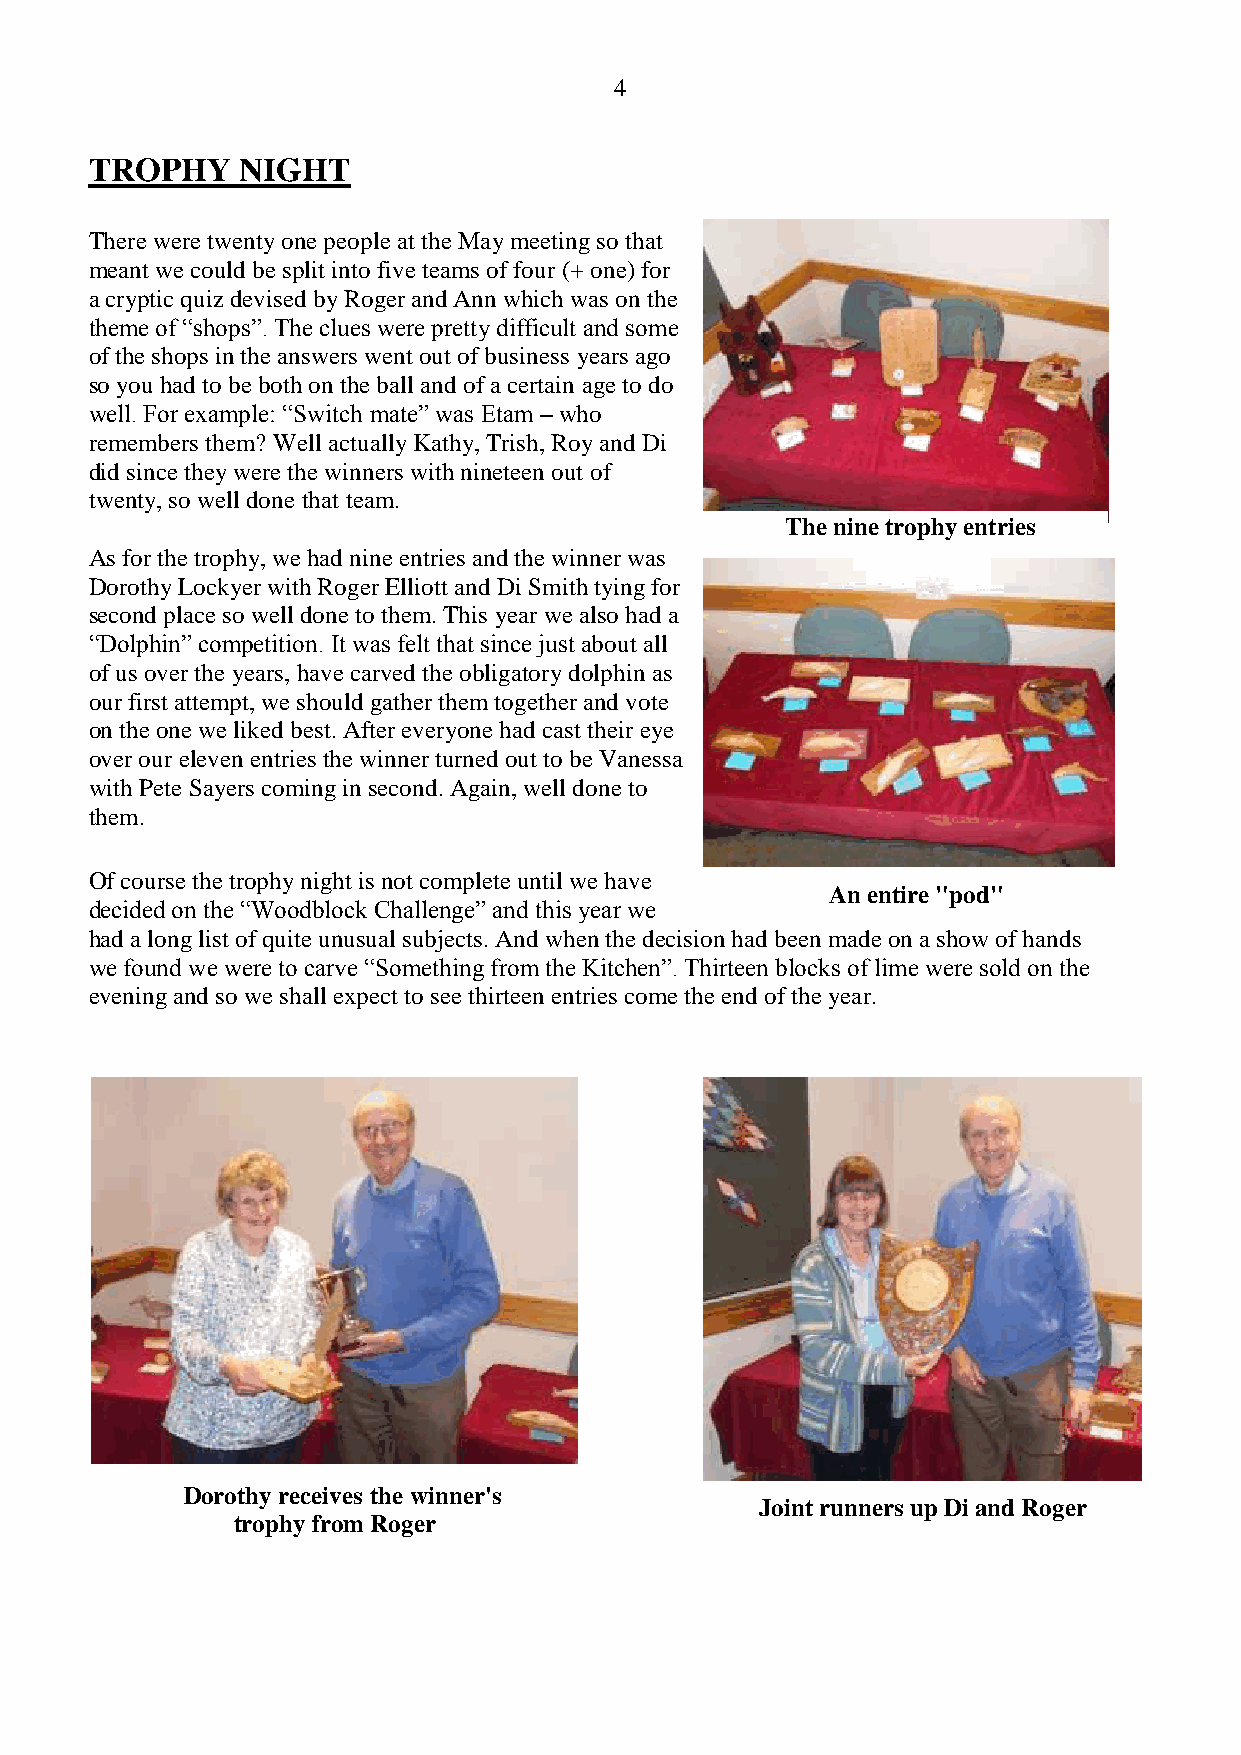
4
 TROPHY    NIGHT
 There were twenty one people at the May meeting so that
 meant we could be split into five teams of four (+ one) for
 a cryptic quiz devised by Roger and Ann which was on the
 theme of “shops”. The clues were pretty difficult and some
 of the shops in the answers went out of business years ago
 so you had to be both on the ball and of a certain age to do
 well. For example: “Switch mate” was Etam – who
 remembers them? Well actually Kathy, Trish, Roy and Di
 did since they were the winners with nineteen out of
 twenty, so well done that team.
 The nine trophy entries
 As for the trophy, we had nine entries and the winner was
 Dorothy Lockyer with Roger Elliott and Di Smith tying for
 second place so well done to them. This year we also had a
 “Dolphin” competition. It was felt that since just about all
 of us over the years, have carved the obligatory dolphin as
 our first attempt, we should gather them together and vote
 on the one we liked best. After everyone had cast their eye
 over our eleven entries the winner turned out to be Vanessa
 with Pete Sayers coming in second. Again, well done to
 them.
 Of course the trophy night is not complete until we have
 An entire "pod"
 decided on the “Woodblock Challenge” and this year we
 had a long list of quite unusual subjects. And when the decision had been made on a show of hands
 we found we were to carve “Something from the Kitchen”. Thirteen blocks of lime were sold on the
 evening and so we shall expect to see thirteen entries come the end of the year.
 Dorothy receives the winner's
 Joint runners up Di and Roger
 trophy from Roger